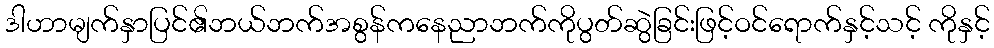
ဒါဟာမျက်နှာပြင်၏ဘယ်ဘက်အစွန်ကနေညာဘက်ကိုပွတ်ဆွဲခြင်းဖြင့်ဝင်ရောက်နှင့်သင့် ကိုနှင့်